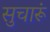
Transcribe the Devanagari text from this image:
सुचारूं